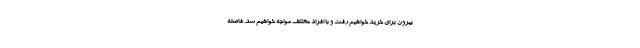
بیرون برای خرید خواهیم رفت و با افراد مختلف مواجه خواهیم شد. فاصله